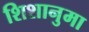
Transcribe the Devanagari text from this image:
शिशानुमा